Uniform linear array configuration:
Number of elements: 32
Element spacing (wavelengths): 1
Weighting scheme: kaiser
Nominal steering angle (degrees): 0
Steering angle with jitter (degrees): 1.126
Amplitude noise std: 0.05
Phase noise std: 0.05

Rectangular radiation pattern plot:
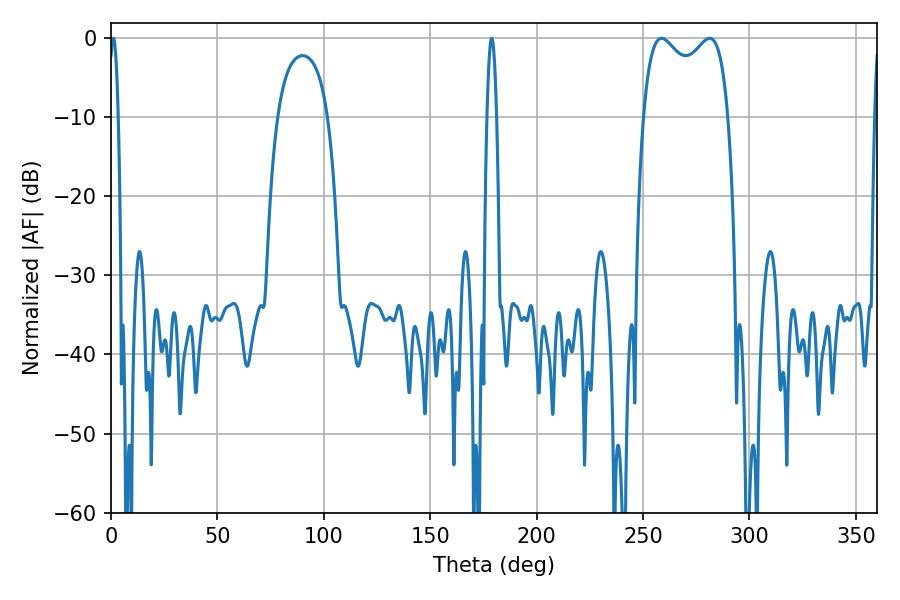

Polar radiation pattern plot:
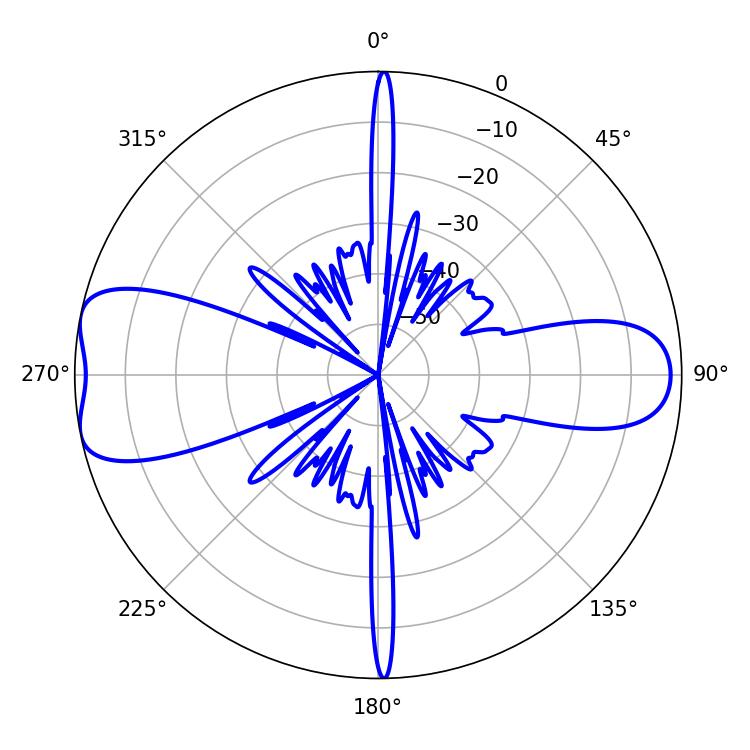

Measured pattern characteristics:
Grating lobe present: TRUE
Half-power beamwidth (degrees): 33.12
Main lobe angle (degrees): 281.34